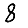
Digit: 8